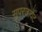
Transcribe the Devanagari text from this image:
सुपरजायेंट